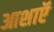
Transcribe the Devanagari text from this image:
आशाऍ